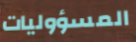
المسؤوليات